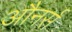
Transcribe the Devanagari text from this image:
औनर्स